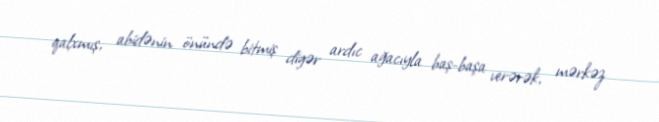
qalxmış, abidənin önündə bitmiş digər ardıc ağacıyla baş-başa verərək, mərkəz